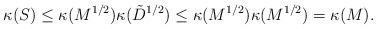
LaTeX: \begin{align*}\kappa(S)\leq \kappa(M^{1/2})\kappa(\tilde{D}^{1/2})\leq \kappa(M^{1/2})\kappa(M^{1/2})=\kappa(M).\end{align*}